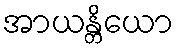
အာယန္တိယော